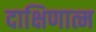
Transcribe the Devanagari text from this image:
दाक्षिणात्म